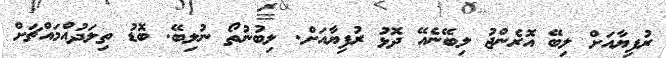
ރުފިޔާއަށް ލިބޭ އޮރެންޖު ލިބޭނެއޭ ދޮޅު ރުފިޔާއަށް. ލިބުނުތޯ ނުލިބޭ. ބޮޑު ތިލަދުއްމައްޗަށް